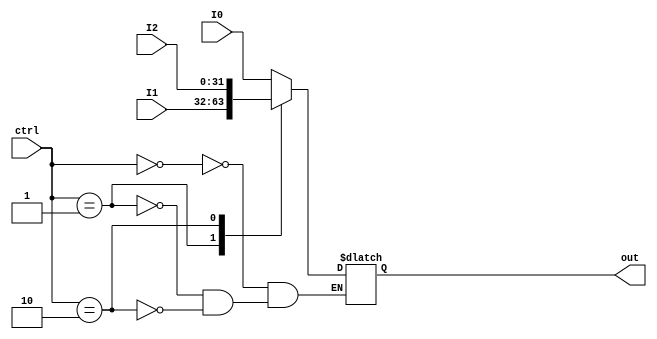
module MUXTHREE(I0,I1,I2,ctrl,out);
    parameter width=32;
    input[width-1:0] I0,I1,I2;
    input[2-1:0] ctrl;
    output reg[width-1:0] out;

    always@(I0 or I1 or I2 or ctrl) begin
        case(ctrl)
            2'b00:out=I0;
            2'b01:out=I1;
            2'b10:out=I2;
        endcase
    end
endmodule